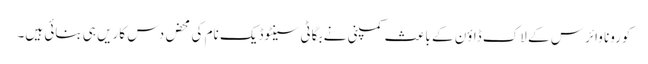
کورونا وائرس کے لاک ڈاؤن کے باعث کمپنی نے بگاٹی سینٹوڈیک نام کی محض دس کاریں ہی بنائی ہیں۔